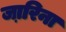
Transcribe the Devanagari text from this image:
जा़रिना